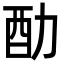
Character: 䣦